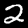
Label: 2